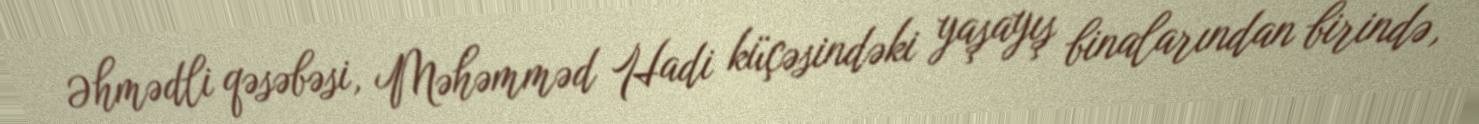
Əhmədli qəsəbəsi, Məhəmməd Hadi küçəsindəki yaşayış binalarından birində,